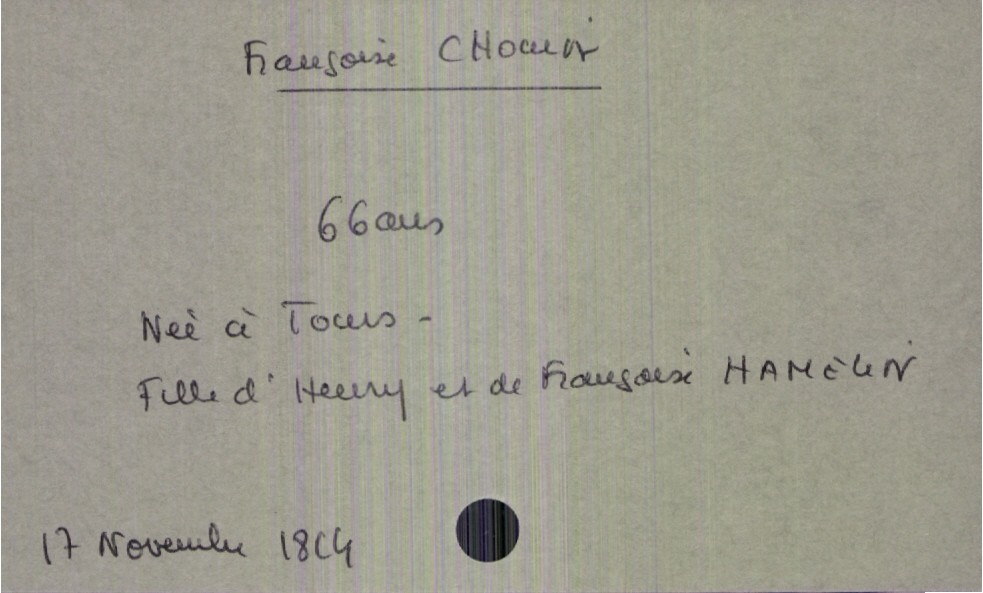
type_acte: Décès
année: 1814
mois: novembre
jour: 17
défunt_nom: Chouin
défunt_prénom: Françoise
défunt_sexe: F
défunt_âge: 66 ans
défunt_lieu_de_naissance: Tours
père_défunt_nom: Chouin
père_défunt_prénom: Henry
mère_défunt_nom: Hamelin
mère_défunt_prénom: Françoise